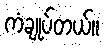
ကံချုပ်တယ်။